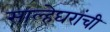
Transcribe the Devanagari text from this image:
साल्हेघरांची